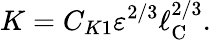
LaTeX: K=C_{K1}\varepsilon^{2/3}\ell_{\textrm{C}}^{2/3}.